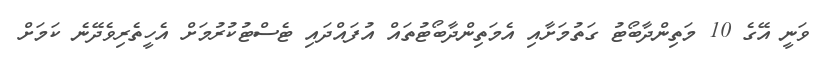
ވަނީ އޭގެ 10 މަތިންދާބޯޓު ގަތުމަށާއި އެމަތިންދާބޯޓުތައް އުފައްދައި ޓެސްޓުކުރުމަށް އެހީތެރިވެދޭނެ ކަމަށް